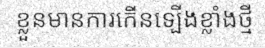
ខ្លួនមានការកើនទ្បើងខ្លាំងថ្មី